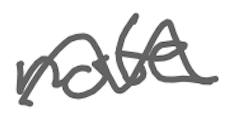
Text: not
Cross-out: mix
Writing tool: digital_gray